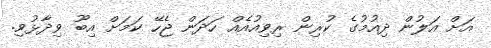
އަށް އަލުން ދިއުމުގެ ކުރިން ރިވިއުއެއް ހަދަން ޖެހޭ ކަަމަށް އިބޫ ވިދާޅުވި.